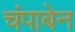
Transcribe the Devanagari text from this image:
चंपाबेन